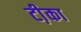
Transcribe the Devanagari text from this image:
टी़का